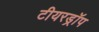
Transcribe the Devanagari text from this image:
टीयरड्रॉप